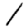
Digit: 1